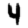
Digit: 4